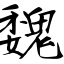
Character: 魏